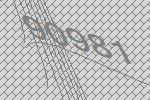
90981